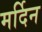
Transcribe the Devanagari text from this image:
मर्दिन